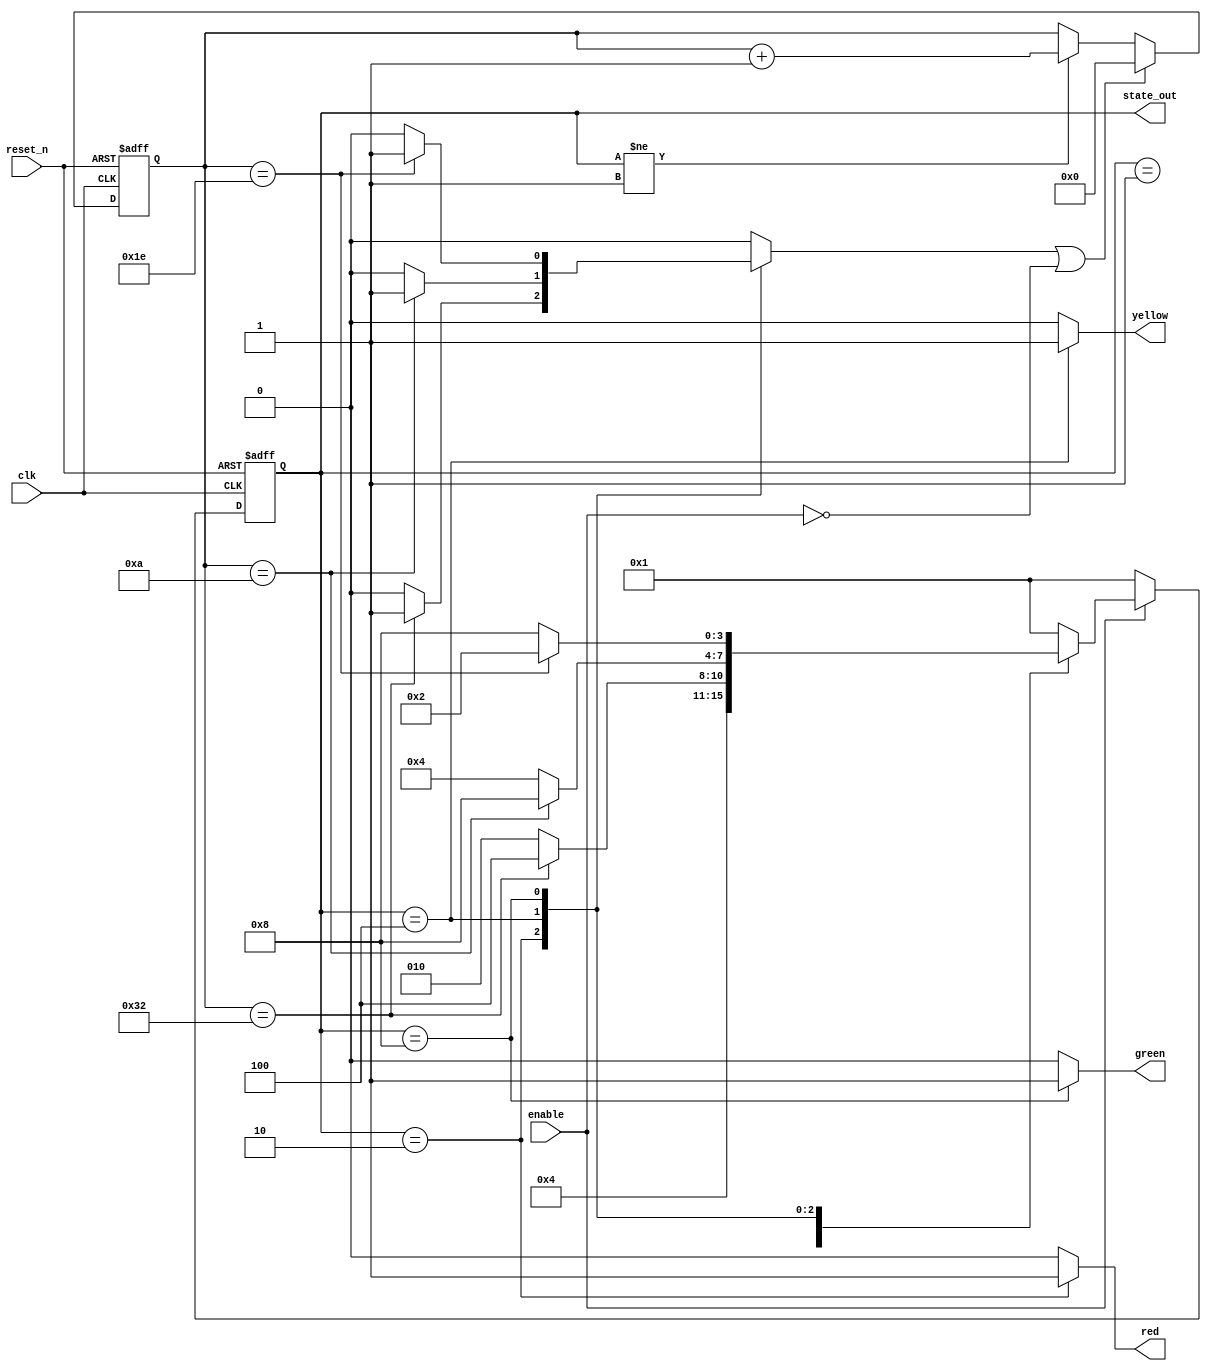
`timescale 1us/1ns
module semaphore_fsm(
  input clk,
  input reset_n,
  input enable,
  output reg red,
  output reg yellow,
  output reg green,
  output [3:0] state_out // used for debag 
);
  
  //Declare the state values as parameters 
  parameter [3:0] OFF= 4'b0001,
  				  RED= 4'b0010,
                  YELLOW= 4'b0100,
                  GREEN= 4'b1000;
  
  //Declare the logic for the state mechine
  reg [3:0] state;
  reg [3:0] next_state;
  
  
  reg [5:0] timer; // counter that keeps the gate open 
  reg       timer_clear; // when set, reset the timer
  
  always @(*) begin 
    next_state =  OFF;
    red =         0;
    green =       0;              // default values
    yellow =      0;
    timer_clear = 0;
    case(state) 
      
      OFF         :begin
                  if(enable)
                     next_state = RED;
                   end
      
      RED        :begin
                   red = 1;
                   if (timer == 6'd50) begin
                    next_state = YELLOW;
                    timer_clear = 1;
                   end else begin 
                    next_state = RED;
                   end
                  end
      
      YELLOW      :begin
                   yellow = 1;
                   if (timer == 6'd10) begin
                    next_state = GREEN;
                    timer_clear = 1;
                   end else begin 
                    next_state = YELLOW;
                   end
                  end
      
      GREEN      :begin
                   green = 1;
                   if (timer == 6'd30) begin
                    next_state = RED;
                    timer_clear = 1;
                   end else begin 
                    next_state = GREEN;
                   end
                  end
      
      default: next_state = OFF;
    endcase
    
    // return from any state to OFF if enable ==0
    if (!enable)
      next_state = OFF;
    
  end
  
  //state sequencer
  always @(posedge clk or negedge reset_n) begin
    if(!reset_n)
      state <= OFF;
    else 
      state <= next_state;
  end 
  
  assign state_out = state;
  
  //timer logic
  always @(posedge clk or negedge reset_n) begin
    if (!reset_n)
      timer <= 0;
    else if (timer_clear || !enable )
      timer <= 0;
    else if ( state != OFF ) // increament timer if state != OFF
      timer <= timer + 1'b1;
  end
endmodule